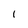
Character: 1